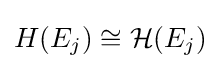
H(E_{j})\cong {\mathcal {H}}(E_{j})